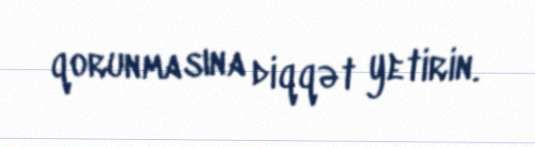
qorunmasına diqqət yetirin.